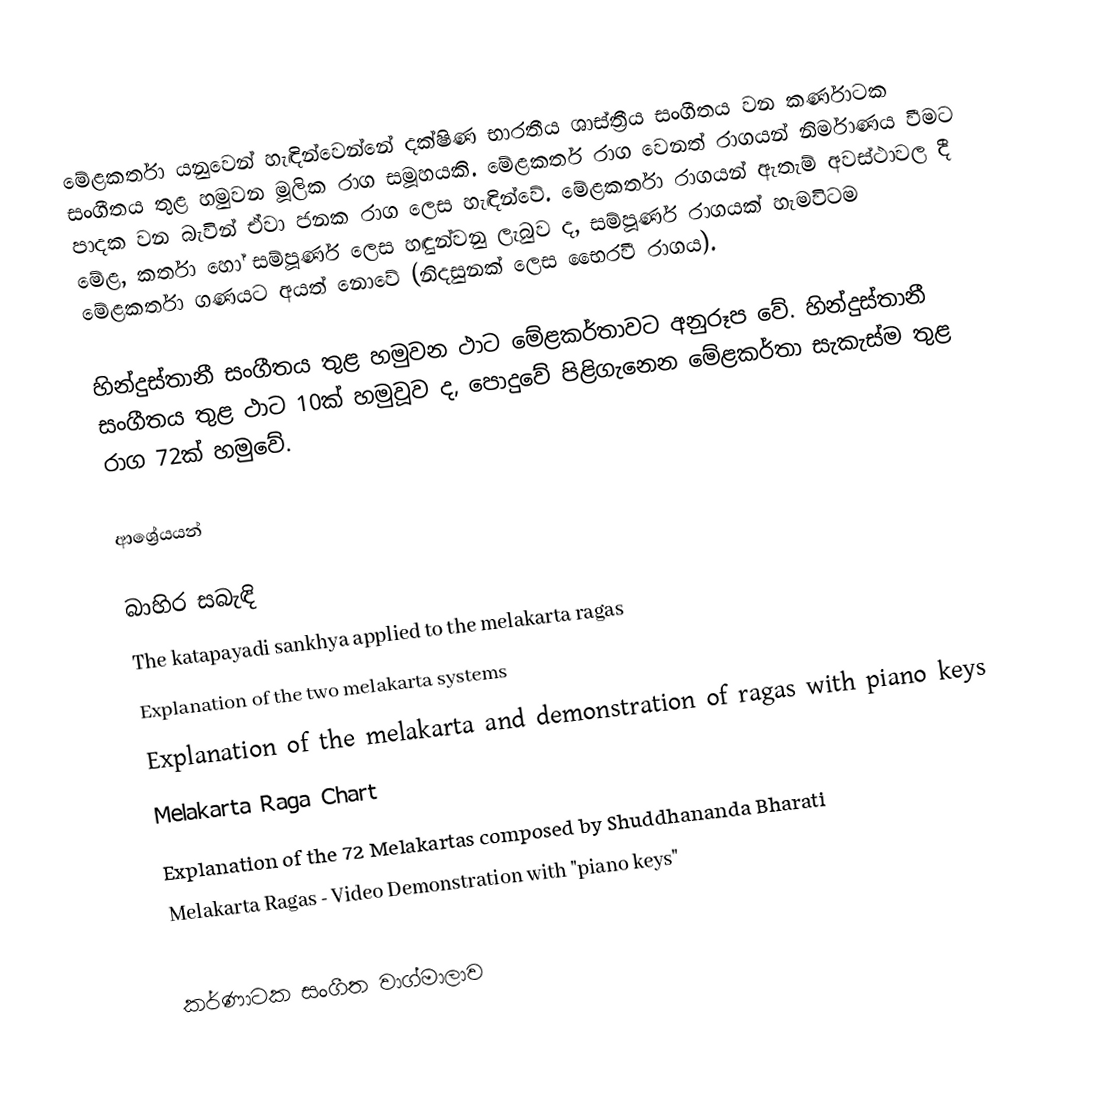
මේළකර්තා යනුවෙන් හැඳින්වෙන්නේ දක්ෂිණ භාරතීය ශාස්ත්‍රීය සංගීතය වන කර්ණාටක සංගීතය තුළ හමුවන මූලික රාග සමූහයකි. මේළකර්ත රාග වෙනත් රාගයන් නිර්මාණය වීමට පාදක වන බැවින් ඒවා ජනක රාග ලෙස හැඳින්වේ. මේළකර්තා රාගයන් ඇතැම් අවස්ථාවල දී මේළ, කර්තා හෝ සම්පූර්ණ ලෙස හඳුන්වනු ලැබුව ද, සම්පූර්ණ රාගයක් හැමවිටම මේළකර්තා ගණයට අයත් නොවේ (නිදසුනක් ලෙස භෛරවී රාගය).

හින්දුස්තානී සංගීතය තුළ හමුවන ථාට මේළකර්තාවට අනුරූප වේ. හින්දුස්තානී සංගීතය තුළ ථාට 10ක් හමුවූව ද, පොදුවේ පිළිගැනෙන මේළකර්තා සැකැස්ම තුළ රාග 72ක් හමුවේ.

ආශ්‍රේයයන්

බාහිර සබැඳි
 The katapayadi sankhya applied to the melakarta ragas
 Explanation of the two melakarta systems
 Explanation of the melakarta and demonstration of ragas with piano keys
 Melakarta Raga Chart
 Explanation of the 72 Melakartas composed by Shuddhananda Bharati
Melakarta Ragas - Video Demonstration with "piano keys"

කර්ණාටක සංගීත වාග්මාලාව